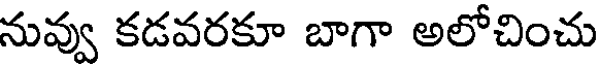
నువ్వు కడవరకూ బాగా అలోచించు